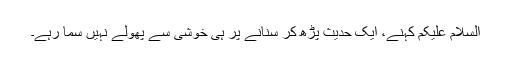
السلام علیکم کہنے، ایک حدیث پڑھ کر سنانے پر ہی خوشی سے پھولے نہیں سما رہے۔